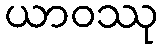
ယာဝဿု